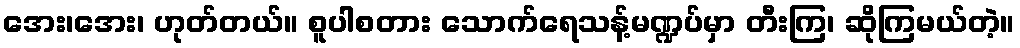
အေး၊အေး၊ ဟုတ်တယ်။ စူပါစတား သောက်ရေသန့်မဏ္ဍပ်မှာ တီးကြ၊ ဆိုကြမယ်တဲ့။